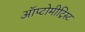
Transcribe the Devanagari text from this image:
ऑप्टोमीट्रिस्ट